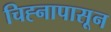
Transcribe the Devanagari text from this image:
चिह्नापासून